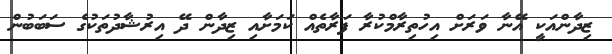
ޒިދާންއަކީ އޭނާ ވަރަށް އިހުތިރާމްކުރާ ފަރާތެއް ކަމަށާއި ޒިދާން ދޭ އިރުޝާދުތަކުގެ ސަބަބުން